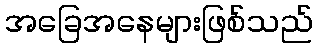
အခြေအနေများဖြစ်သည်